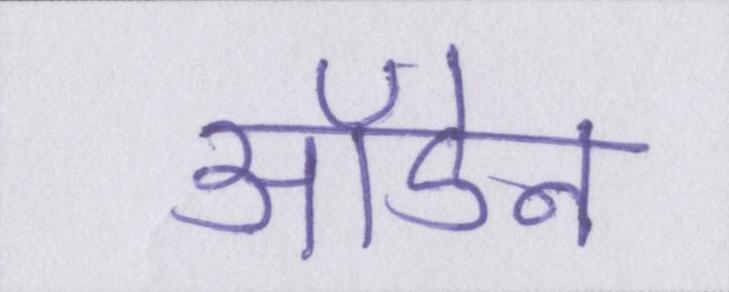
ऑडेन